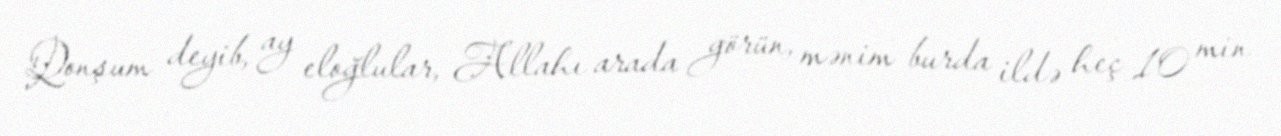
Qonşum deyib, ay eloğlular, Allahı arada görün, mənim burda ildə heç 10 min